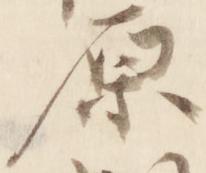
原